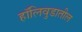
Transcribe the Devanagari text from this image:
हॉलिवुडातील